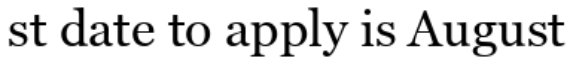
st date to apply is August